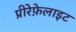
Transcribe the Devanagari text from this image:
प्रीरेफ़ेलाइट